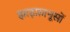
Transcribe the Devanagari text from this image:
झाड़फ़ानूसों